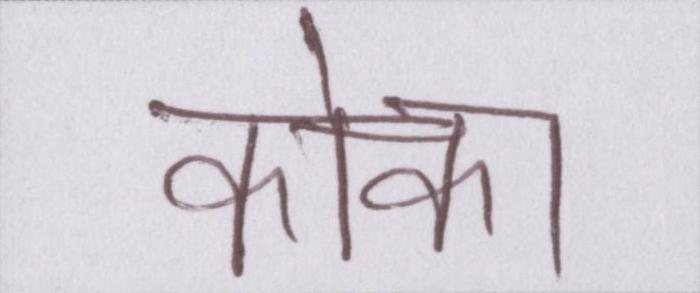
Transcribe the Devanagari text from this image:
कोका